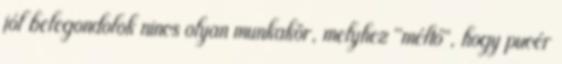
jól belegondolok nincs olyan munkakör, melyhez "méltó", hogy pucér